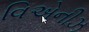
વિએનીઝ